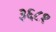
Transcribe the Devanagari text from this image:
३६८१